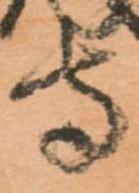
守